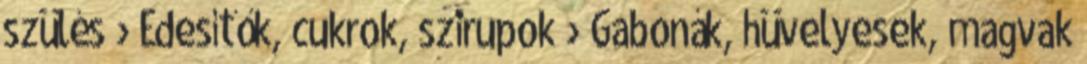
szülés › Édesítők, cukrok, szirupok › Gabonák, hüvelyesek, magvak